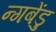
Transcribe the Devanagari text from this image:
न्गबेंडु